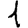
Digit: 1